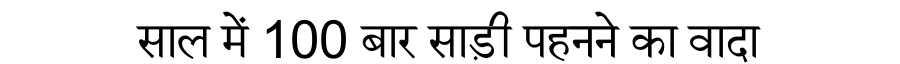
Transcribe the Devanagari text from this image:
साल में 100 बार साड़ी पहनने का वादा